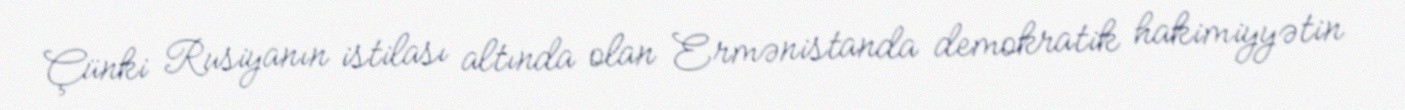
Çünki Rusiyanın istilası altında olan Ermənistanda demokratik hakimiyyətin